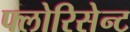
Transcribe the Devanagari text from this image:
फ्लोरिसेन्ट